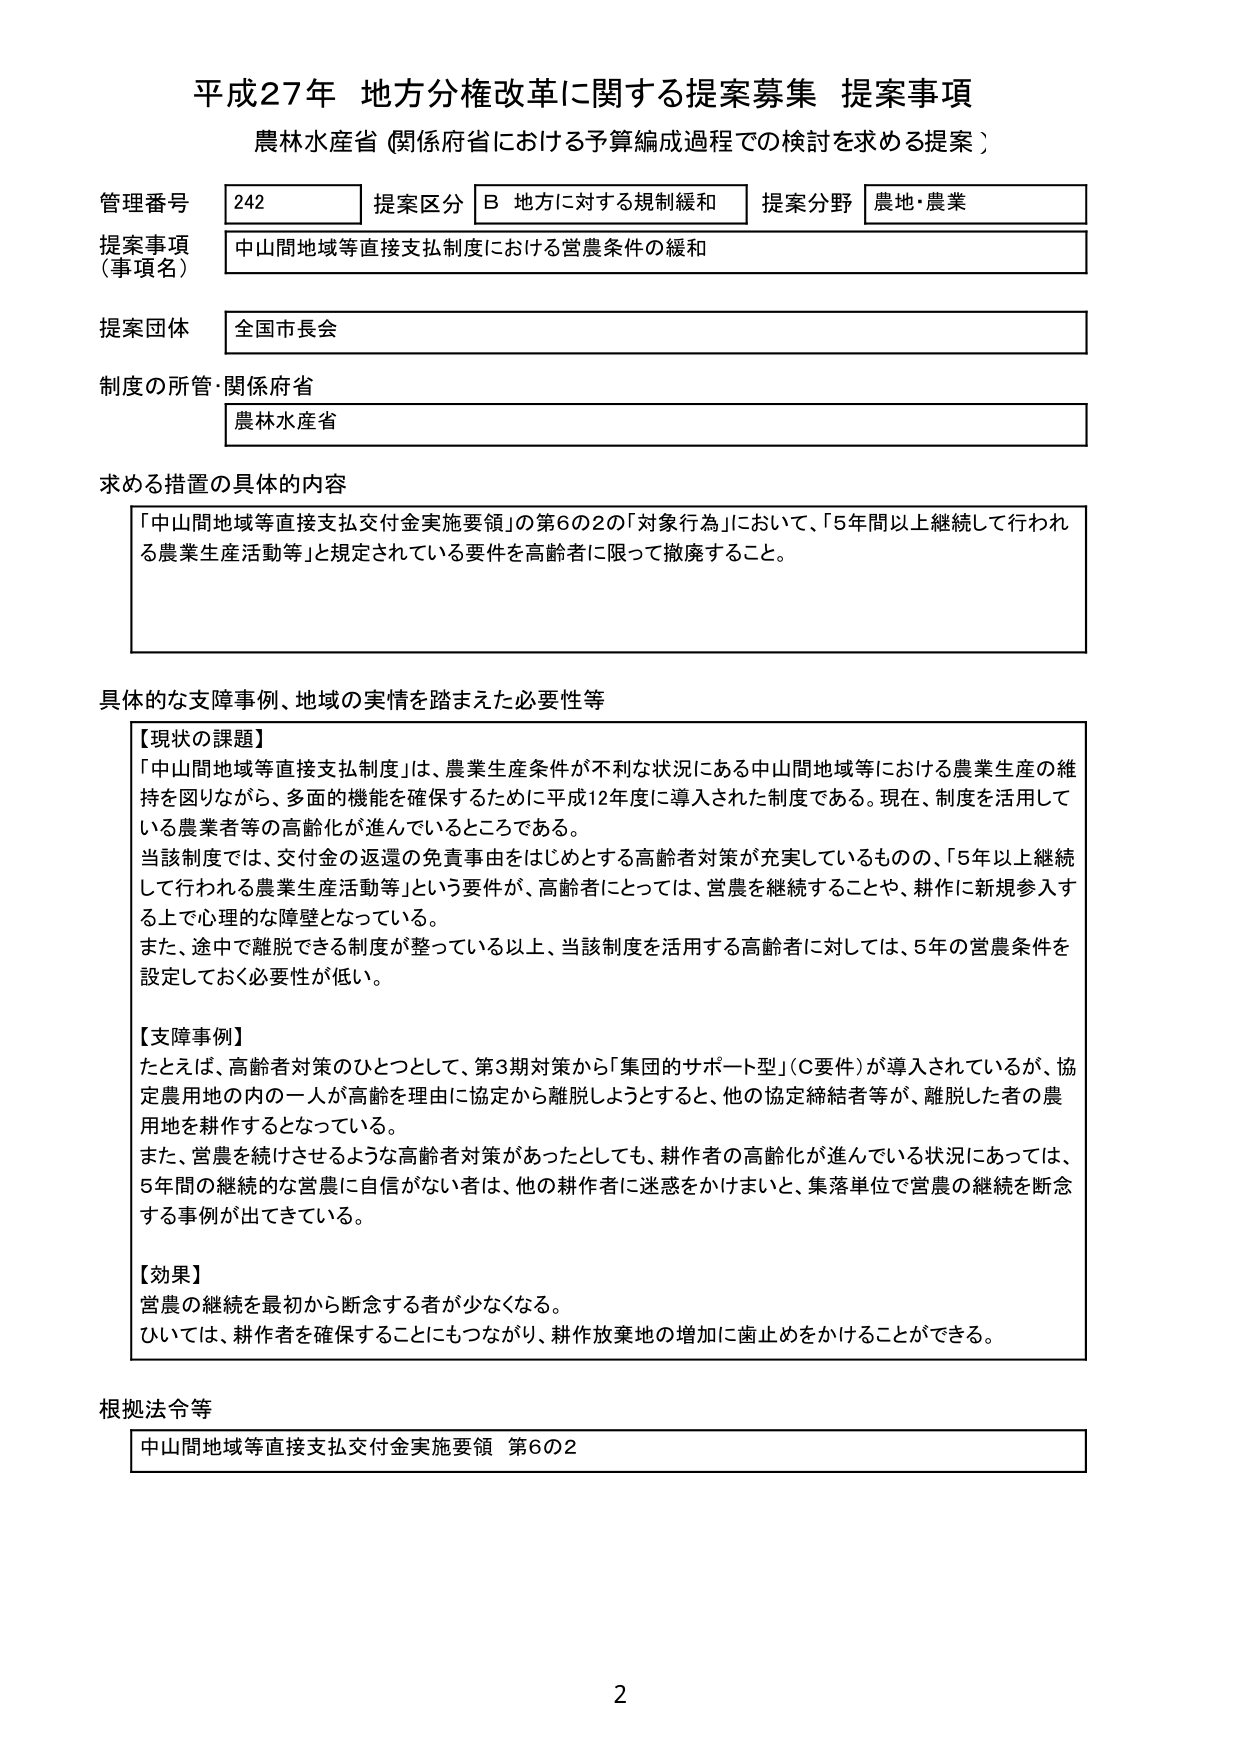
平成27年 地方分権改革に関する提案募集 提案事項
農林水産省（関係府省における予算編成過程での検討を求める提案）

管理番号 242
提案区分 B 地方に対する規制緩和
提案分野 農地・農業

提案事項（事項名）
中山間地域等直接支払制度における営農条件の緩和

提案団体
全国市長会

制度の所管・関係府省
農林水産省

求める措置の具体的な内容
「中山間地域等直接支払交付金実施要領」の第6の2の「対象行為」において、「5年間以上継続して行われる農業生産活動等」と規定されている要件を高齢者に限って撤廃すること。

具体的な支障事例、地域の実情を踏まえた必要性等
【現状の課題】
「中山間地域等直接支払制度」は、農業生産条件が不利な状況にある中山間地域等における農業生産の維持を図りながら、多面的機能を確保するために平成12年度に導入された制度である。現在、制度を活用している農業者等の高齢化が進んでいるところである。
当該制度では、交付金の返還の免責事由をはじめとする高齢者対策が充実しているものの、「5年以上継続して行われる農業生産活動等」という要件が、高齢者にとっては、営農を継続することや、耕作に新規参入する上で心理的な障壁となっている。
また、途中で離脱できる制度が整っている以上、当該制度を活用する高齢者に対しては、5年の営農条件を設定しておく必要性が低い。

【支障事例】
たとえば、高齢者対策のひとつとして、第3期対策から「集団のサポート型」（C要件）が導入されているが、協定農用地の内の一人が高齢を理由に協定から離脱しようとするとき、他の協定締結者等が、離脱した者の農用地を耕作することとなっている。
また、営農を続けさせるような高齢者対策があったとしても、耕作者の高齢化が進んでいる状況にあっては、5年間の継続的な営農に自信がない者は、他の耕作者に迷惑をかけまいと、集落単位で営農の継続を断念する事例が出てきている。

【効果】
営農の継続を最初から断念する者が少なくなる。
ひいては、耕作者を確保することにもつながり、耕作放棄地の増加に歯止めをかけることができる。

根拠法令等
中山間地域等直接支払交付金実施要領 第6の2

2